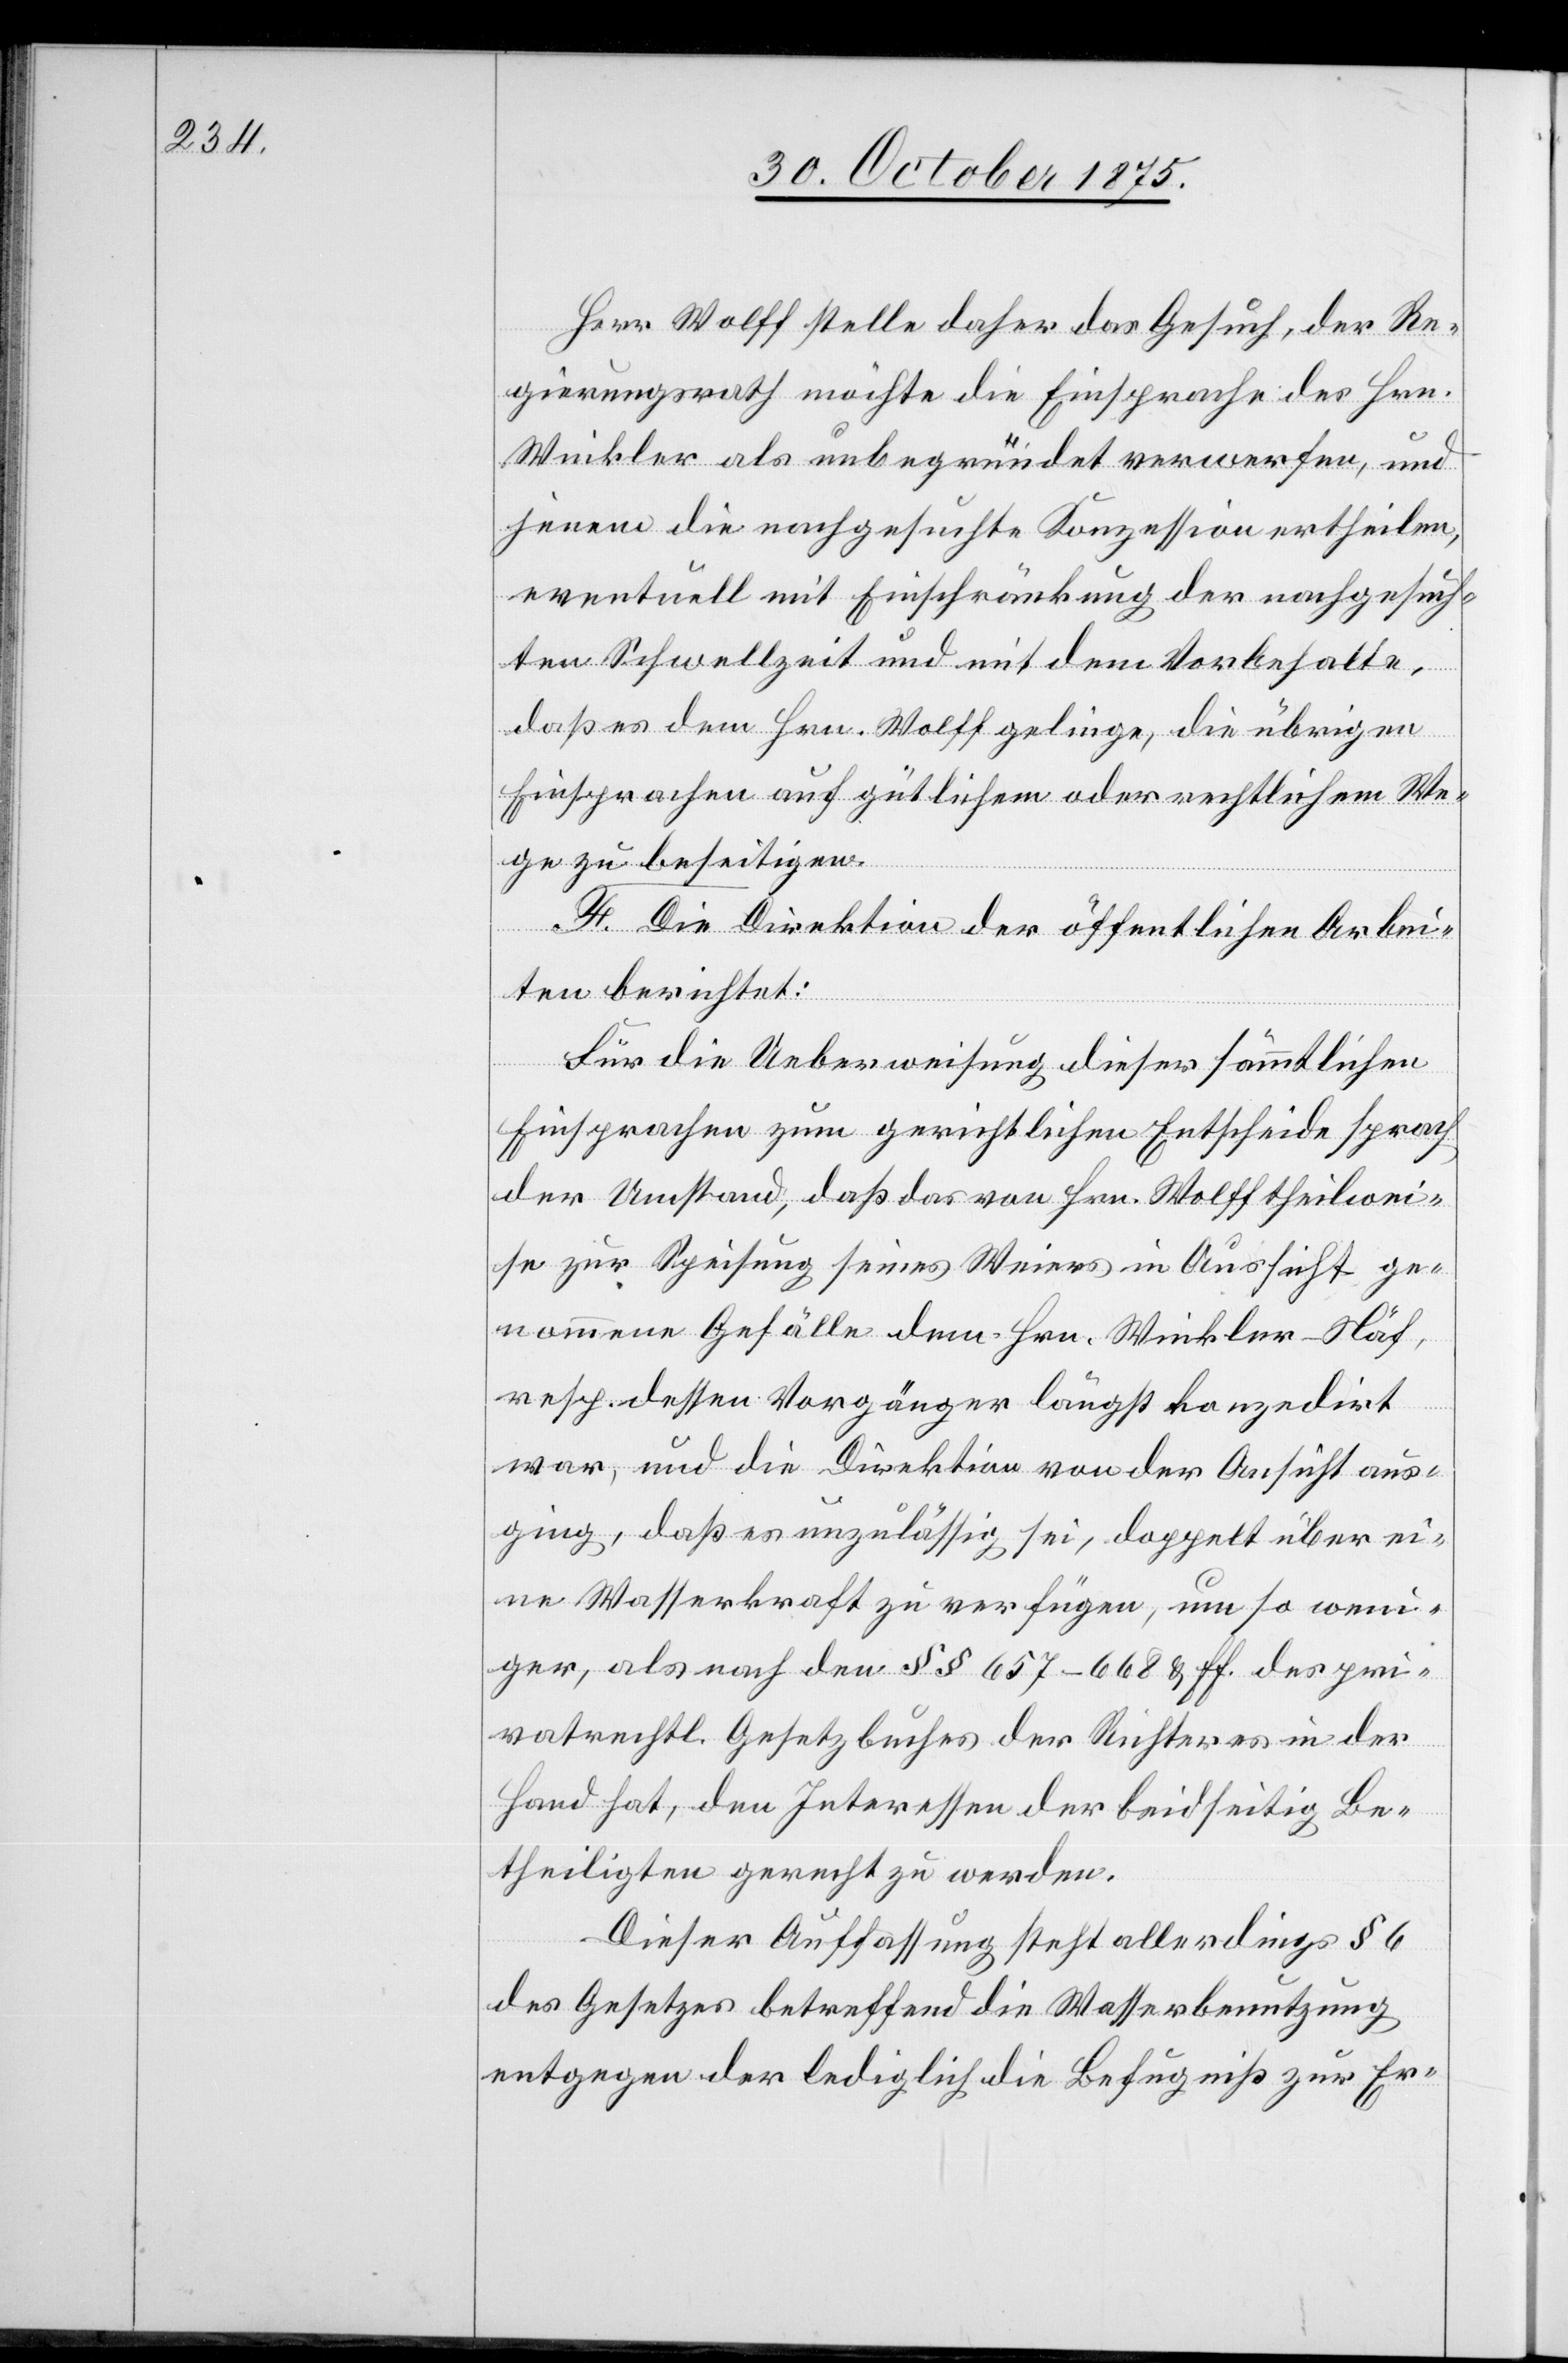
Herr Wolff stelle daher das Gesuch, der Re¬
gierungsrath möchte die Einsprache des Hrn.
Winkler als unbegründet verwerfen, und
jenem die nachgesuchte Konzession ertheilen,
eventuell mit Einschränkung der nachgesuch¬
ten Schwellzeit und mit dem Vorbehalte,
daß es dem Hrn. Wolff gelinge, die übrigen
Einsprachen auf gütlichem oder rechtlichem We¬
ge zu beseitigen.
F. Die Direktion der öffentlichen Arbei¬
ten berichtet:
Für die Ueberweisung dieser sämmtlichen
Einsprachen zum gerichtlichen Entscheide sprach
der Umstand, daß das von Hrn. Wolff theilwei¬
se zur Speisung seines Weiers in Aussicht ge¬
nommene Gefälle dem Hrn. Winkler-Näf,
resp. dessen Vorgänger längst konzedirt
war, und die Direktion von der Ansicht aus¬
ging, daß es unzulässig sei, doppelt über ei¬
ne Wasserkraft zu verfügen, um so weni¬
ger, als nach den §§ 657–668 & ff. des pri¬
vatrechtl. Gesetzbuches der Richter es in der
Hand hat, den Interessen der beidseitig Be¬
theiligten gerecht zu werden.
Dieser Auffassung steht allerdings § 6
des Gesetzes betreffend die Wasserbenutzung
entgegen der lediglich die Befugniß zur Er-